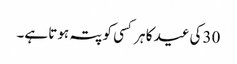
30کی عید کا ہر کسی کو پتہ ہوتا ہے۔